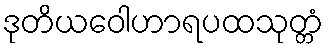
ဒုတိယဝေါဟာရပထသုတ္တံ